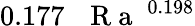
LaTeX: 0.177\, \mathrm{~\textit~{~R~a~}~}^{0.198}